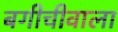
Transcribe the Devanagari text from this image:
बगीचीवाला